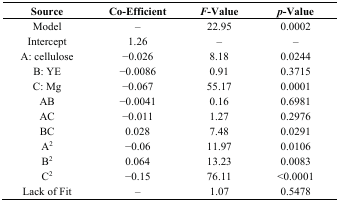
| Source | Co-Efficient | F-Value | p-Value |
 | --- | --- | --- | --- |
 | Model | – | 22.95 | 0.0002 |
 | Intercept | 1.26 | – | – |
 | A: cellulose | −0.026 | 8.18 | 0.0244 |
 | B: YE | −0.0086 | 0.91 | 0.3715 |
 | C: Mg | −0.067 | 55.17 | 0.0001 |
 | AB | −0.0041 | 0.16 | 0.6981 |
 | AC | −0.011 | 1.27 | 0.2976 |
 | BC | 0.028 | 7.48 | 0.0291 |
 | A2 | −0.06 | 11.97 | 0.0106 |
 | B2 | 0.064 | 13.23 | 0.0083 |
 | C2 | −0.15 | 76.11 | <0.0001 |
 | Lack of Fit | – | 1.07 | 0.5478 |